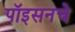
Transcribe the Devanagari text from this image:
पॉइसनचे